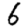
Digit: 6